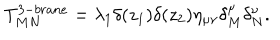
LaTeX: T _ { M N } ^ { 3 - b r a n e } = \lambda _ { 1 } \delta ( z _ { 1 } ) \delta ( z _ { 2 } ) \eta _ { \mu \nu } \delta _ { M } ^ { \mu } \delta _ { N } ^ { \nu } .